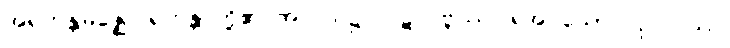
အရဟန္တမဇ္ဈေ၊ ရဟန္တာတို့၏ အလယ်၌။ ပဋိလဗ္ဘဿ၊ ရအပ်သော။ ပုဂ္ဂလဿ၊